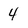
Character: 4